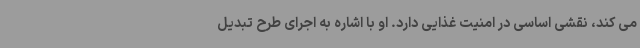
می کند، نقشی اساسی در امنیت غذایی دارد. او با اشاره به اجرای طرح تبدیل